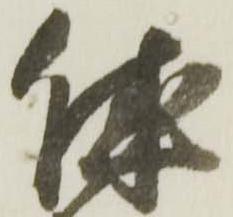
休